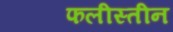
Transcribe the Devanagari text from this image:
फलीस्‍तीन